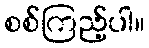
စစ်ကြည့်ပါ။